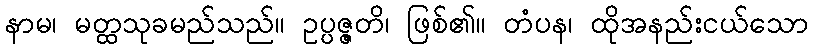
နာမ၊ မတ္ထသုခမည်သည်။ ဥပ္ပဇ္ဇတိ၊ ဖြစ်၏။ တံပန၊ ထိုအနည်းငယ်သော